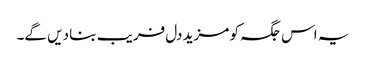
یہ اس جگہ کو مزید دل فریب بنا دیں گے۔